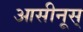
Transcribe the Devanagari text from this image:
आसीनूस्